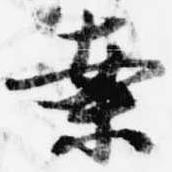
案